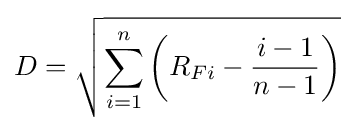
D={\sqrt {\sum _{i=1}^{n}\left(R_{Fi}-{\frac {i-1}{n-1}}\right)}}